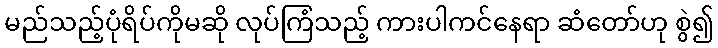
မည်သည့်ပုံရိပ်ကိုမဆို လုပ်ကြံသည့် ကားပါကင်နေရာ ဆံတော်ဟု စွဲ၍